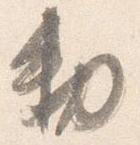
勅